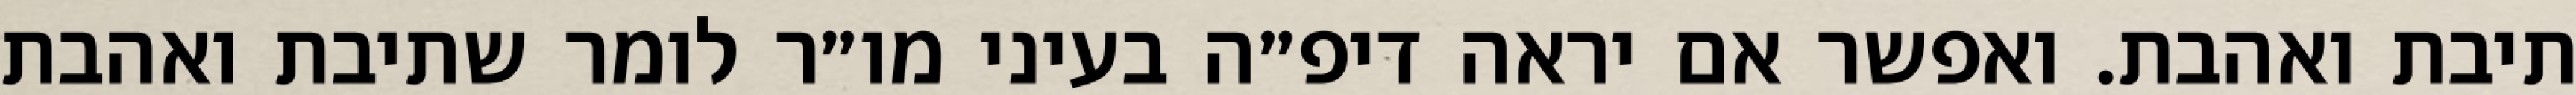
תיבת ואהבת. ואפשר אם יראה דיפ״ה בעיני מו״ר לומר שתיבת ואהבת